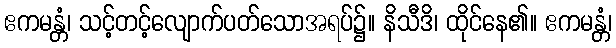
ဧကမန္တံ၊ သင့်တင့်လျောက်ပတ်သောအရပ်၌။ နိသီဒိ၊ ထိုင်နေ၏။ ဧကမန္တံ၊